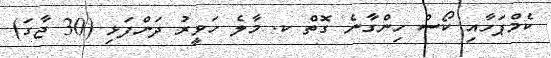
ކެމްޕަހާއި ކޯސް ހިންގާނެ ގޮތް ކ. މާލެ ހަވީރު ދަންފަޅި (30 ޖާގަ)